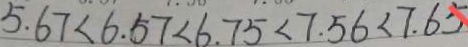
5 . 6 7 < 6 . 5 7 < 6 . 7 5 < 7 . 5 6 < 7 . 6 5